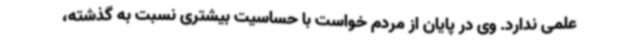
علمی ندارد. وی در پایان از مردم خواست با حساسیت بیشتری نسبت به گذشته،